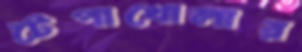
টেপাখোলার